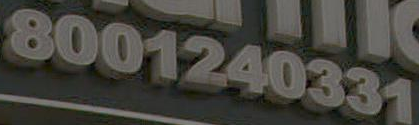
8001240331